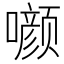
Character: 𰉁